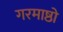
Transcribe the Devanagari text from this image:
गरमाष्ठो